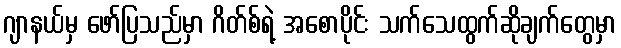
ဂျာနယ်မှ ဖော်ပြသည်မှာ ဂိတ်စ်ရဲ့ အစောပိုင်း သက်သေထွက်ဆိုချက်တွေမှာ